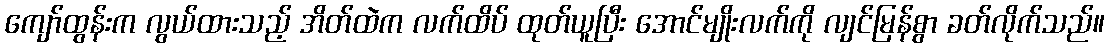
ကျော်ထွန်းက လွယ်ထားသည့် အိတ်ထဲက လက်ထိပ် ထုတ်ယူပြီး အောင်မျိုးလက်ကို လျင်မြန်စွာ ခတ်လိုက်သည်။